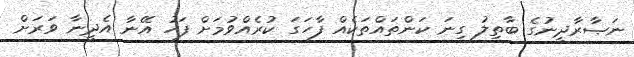
ނަޞާރާދީނުގެ ބާތިލު ގިނަ ކަންތައްތަކެއް ފާހަގަ ކުރެއްވުމަށް ފަހު އޭނާ އެދީނާ ވަރަށް